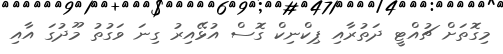
މިގޮތަށް ޗުއްޓީ ދަތުރާއި ޕިކްނިކް ގޮސް އުޅޭއިރު ގިނަ ވަގުތު މޫދުގަ އާއި